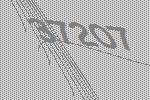
37207